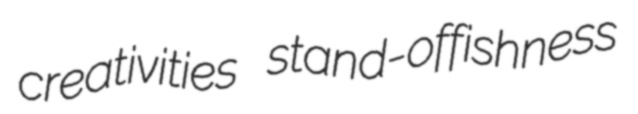
creativities stand-offishness